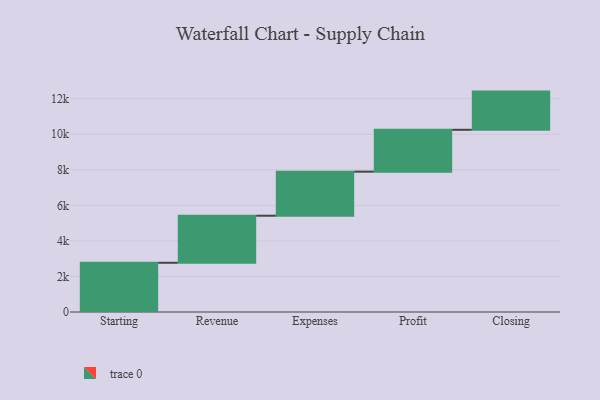
{"axis": {"x": "Step", "y": "Value"}, "legend": [""], "data": [{"x": "Starting", "y": 2769.0, "type": ""}, {"x": "Revenue", "y": 2647.0, "type": ""}, {"x": "Expenses", "y": 2478.0, "type": ""}, {"x": "Profit", "y": 2355.0, "type": ""}, {"x": "Closing", "y": 2149.0, "type": ""}]}